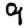
Digit: 9